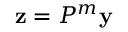
\mathbf { z } = P ^ { m } \mathbf { y }